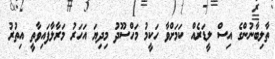
ތާލިބާނުންގެ އިސް ލީޑަރެއް ކަމަށްވާ ހަކީމު މަހްސޫދު މިދިޔަ އަހަރު މަރާލާފައިވާތީ އިތުރު